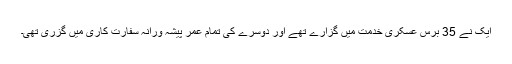
ایک نے 35 برس عسکری خدمت میں گزارے تھے اور دوسرے کی تمام عمر پیشہ ورانہ سفارت کاری میں گزری تھی۔